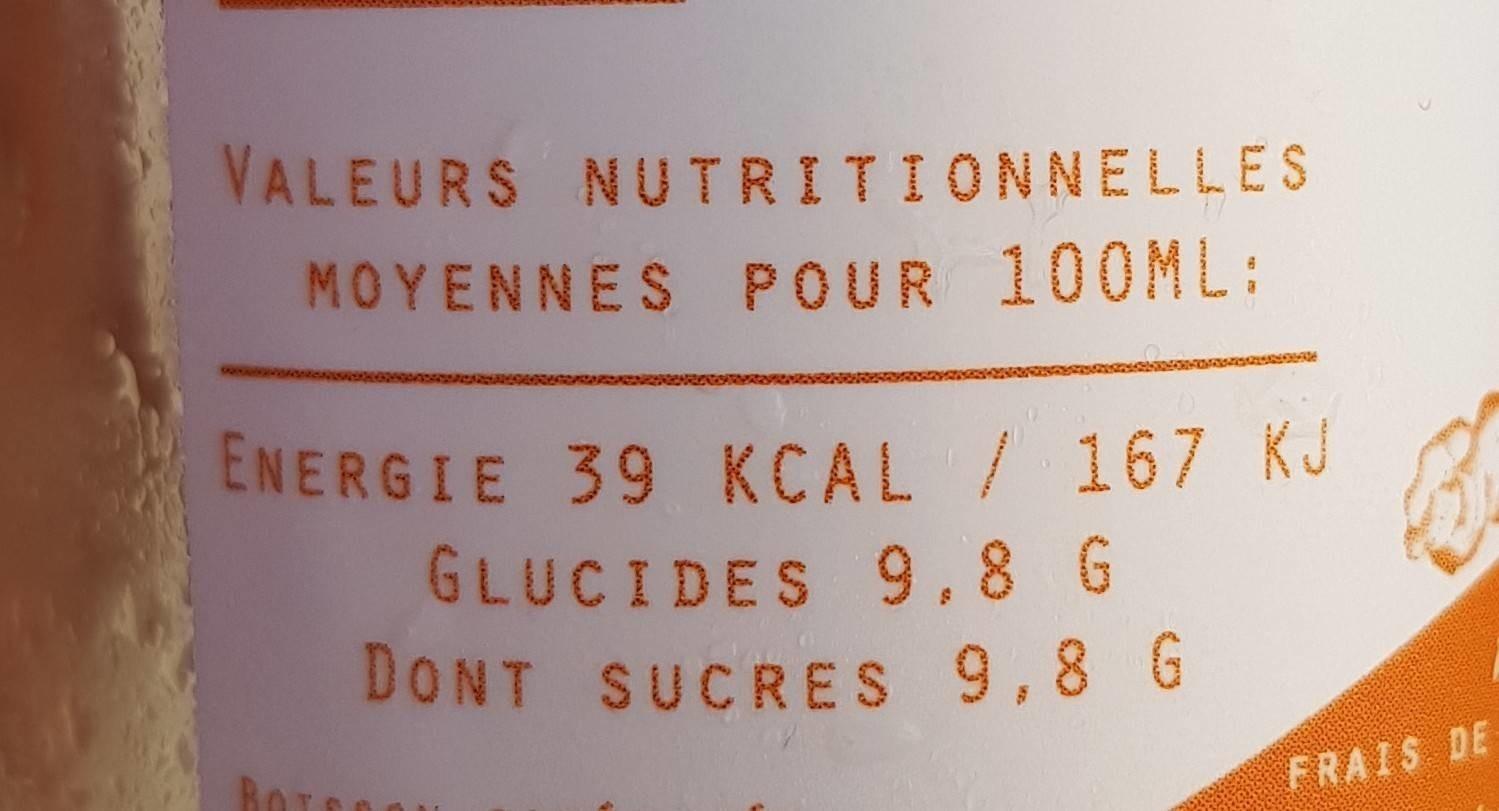
VALEURS NUTRITIONNELLES
MOYENNES POUR 100ML:
ENERGIE 39 KCAL / 167 KJ
GLUCIDES 9,8 G
DONT SUCRES 9,8 G
Bo
FRAIS DE